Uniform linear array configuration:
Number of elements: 12
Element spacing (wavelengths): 0.75
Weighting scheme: binomial
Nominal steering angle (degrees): -45
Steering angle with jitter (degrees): -44.284
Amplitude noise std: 0.05
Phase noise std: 0.05

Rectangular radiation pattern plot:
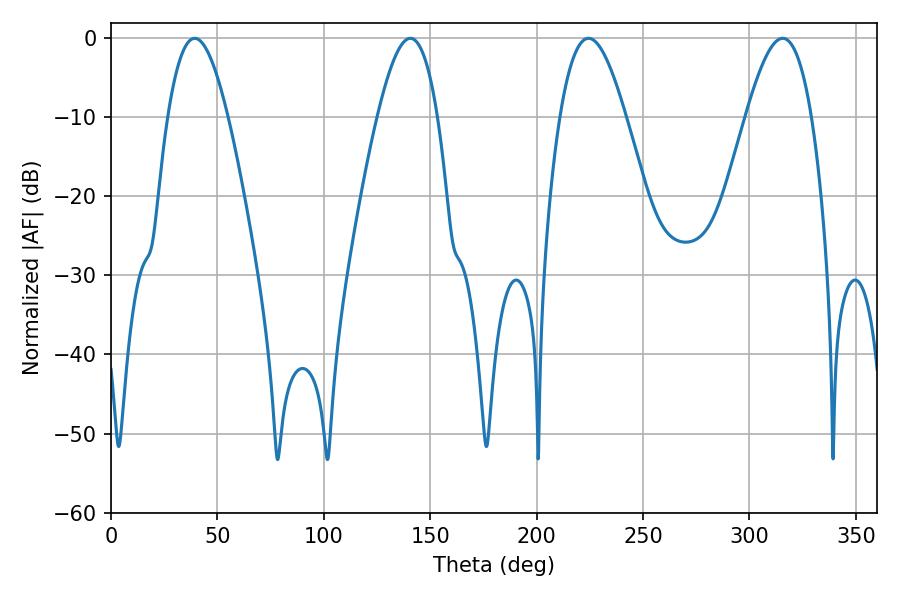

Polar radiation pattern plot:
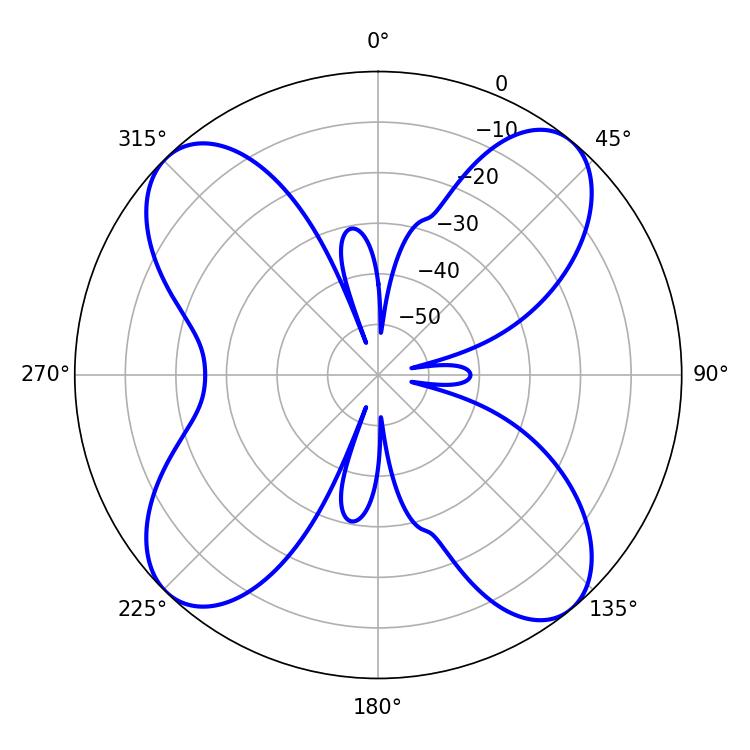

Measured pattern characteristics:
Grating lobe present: TRUE
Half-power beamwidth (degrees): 16.56
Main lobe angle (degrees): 224.46